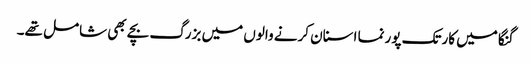
گنگا میں کارتک پورنما اسنان کرنے والوں میں بزرگ بچے بھی شامل تھے۔